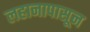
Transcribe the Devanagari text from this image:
लहानापासून